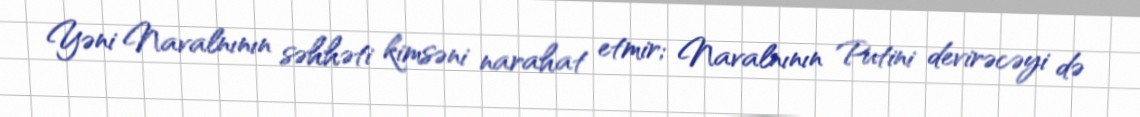
Yəni Navalnının səhhəti kimsəni narahat etmir; Navalnının Putini devirəcəyi də